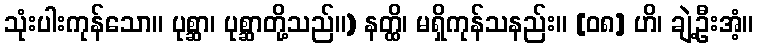
သုံးပါးကုန်သော။ ပုစ္ဆာ၊ ပုစ္ဆာတို့သည်။) နတ္ထိ၊ မရှိကုန်သနည်း။ [၀၈] ဟိ၊ ချဲ့ဦးအံ့။